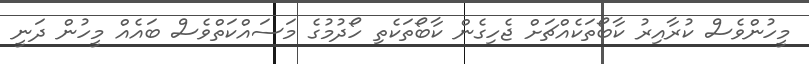
މީހުންވެސް ކުރާއިރު ކާބޯތަކެއްޗަށް ޖެހިގެން ކާބޯތަކެތި ހޯދުމުގެ މަސައްކަތްވެސް ބައެއް މީހުން ދަނީ